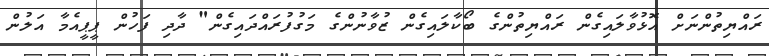
ރައްޔިތުންނަށް އޮޅުވާލައިގެން ރައްޔިތުންގެ ބޯކާލައިގެން ޒުވާނުންގެ މަގުފުރައްދައިގެން" ދާދި ފަހުން ޕީޕީއެމާ އަލުން